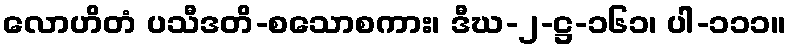
လောဟိတံ ပသီဒတိ-စသောစကား၊ ဒီဃ-၂-ဋ္ဌ-၁၆၁၊ ပါ-၁၁၁။